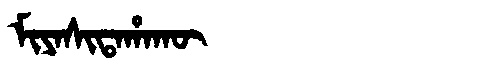
Manchu: ᠮᡳᠶᠠᠰᡳᡨᠠᡥᠠᡴᡡ
Romanization: MIYASITAHAKŪ